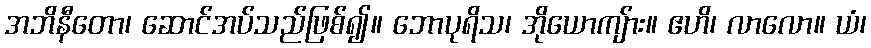
အဘိနီတော၊ ဆောင်အပ်သည်ဖြစ်၍။ ဘောပုရိသ၊ အိုယောကျ်ား။ ဧဟိ၊ လာလော။ ယံ၊